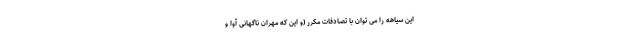
این سیاهه را می توان با تصادفات مکرر (و این که مهران ناگهانی آوا و